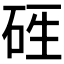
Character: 𥒑